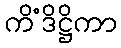
ကိံဒိဋ္ဌိကာ